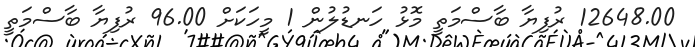
12648.00 ރުފިޔާ ބާސްމަތީ މޮޅު ހަނޑުލުން 1 މީހަކަށް 96.00 ރުފިޔާ ބާސްމަތީ